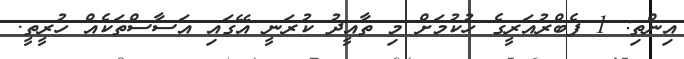
އިންތި: 1 ފެބްރުއަރީގެ ހުކުމަށް މި ތާއީދު ކުރަނީ އޭގައި އަސާސްތަކެއް ހުރީތީ.